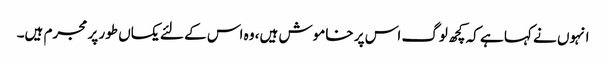
انہوں نے کہا ہے کہ کچھ لوگ اس پر خاموش ہیں، وہ اس کے لئے یکساں طور پر مجرم ہیں۔